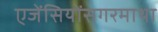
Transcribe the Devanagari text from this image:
एजेंसियोंसगरमाथा